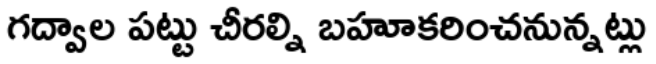
గద్వాల పట్టు చీరల్ని బహూకరించనున్నట్లు